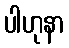
ပါဟုနာ